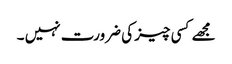
مجھے کسی چیز کی ضرورت نہیں ۔